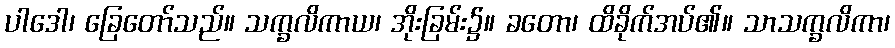
ပါဒေါ၊ ခြေတော်သည်။ သက္ခလိကာယ၊ အိုးခြမ်း၌။ ခတော၊ ထိခိုက်အပ်၏။ သာသက္ခလိကာ၊